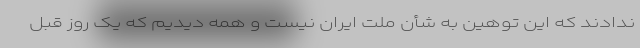
ندادند که این توهین به شأن ملت ایران نیست و همه دیدیم که یک روز قبل